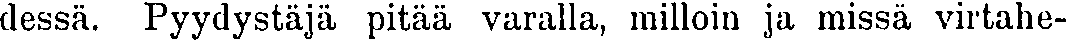
dessä. Pyydystäjä pitää varalla, milloin ja missä virtahe-